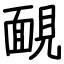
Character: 靦